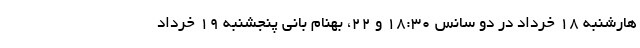
هارشنبه ۱۸ خرداد در دو سانس ۱۸:۳۰ و ۲۲، بهنام بانی پنجشنبه ۱۹ خرداد